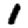
Digit: 1